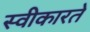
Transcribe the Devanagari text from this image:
स्‍वीकारते